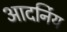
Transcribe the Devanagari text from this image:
आदर्निय